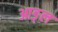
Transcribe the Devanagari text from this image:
आङ्ल